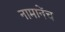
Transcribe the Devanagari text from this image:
नामानेंच